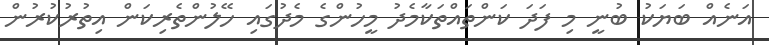
އަނެއް ބަޔަކު ބުނީ މި ފަދަ ކަންތައްތަކާމެދު މީހުންގެ މެދުގައި ހޭލުންތެރިކަން އިތުރުކުރުން